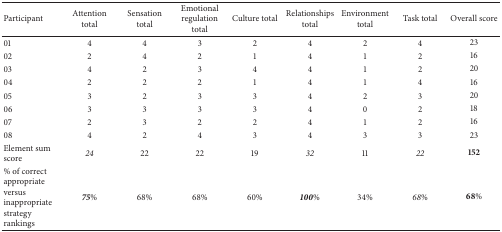
<table><thead><tr><td><b>Participant</b></td><td><b>Attention total </b></td><td><b>Sensation total </b></td><td><b>Emotional regulation total </b></td><td><b>Culture total </b></td><td><b>Relationships total </b></td><td><b>Environment total </b></td><td><b>Task total</b></td><td><b>Overall score</b></td></tr></thead><tbody><tr><td>01</td><td>4</td><td>4</td><td>3</td><td>2</td><td>4</td><td>2</td><td>4</td><td>23</td></tr><tr><td>02</td><td>2</td><td>4</td><td>2</td><td>1</td><td>4</td><td>1</td><td>2</td><td>16</td></tr><tr><td>03</td><td>4</td><td>2</td><td>3</td><td>4</td><td>4</td><td>1</td><td>2</td><td>20</td></tr><tr><td>04</td><td>2</td><td>2</td><td>2</td><td>1</td><td>4</td><td>1</td><td>4</td><td>16</td></tr><tr><td>05</td><td>3</td><td>2</td><td>3</td><td>3</td><td>4</td><td>2</td><td>3</td><td>20</td></tr><tr><td>06</td><td>3</td><td>3</td><td>3</td><td>3</td><td>4</td><td>0</td><td>2</td><td>18</td></tr><tr><td>07</td><td>2</td><td>3</td><td>2</td><td>2</td><td>4</td><td>1</td><td>2</td><td>16</td></tr><tr><td>08</td><td>4</td><td>2</td><td>4</td><td>3</td><td>4</td><td>3</td><td>3</td><td>23</td></tr><tr><td>Element sum score</td><td><i>24</i></td><td>22</td><td>22</td><td>19</td><td><i>32</i></td><td>11</td><td><i>22</i></td><td><b>152</b></td></tr><tr><td>% of correct appropriate versus inappropriate strategy rankings</td><td><b><i>75%</i></b></td><td>68%</td><td>68%</td><td>60%</td><td><b><i>100%</i></b></td><td>34%</td><td><i>68%</i></td><td><b>68%</b></td></tr></tbody></table>